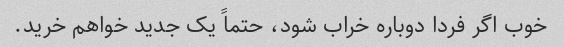
خوب اگر فردا دوباره خراب شود، حتماً یک جدید خواهم خرید.